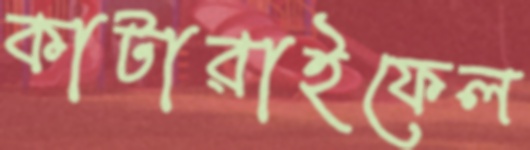
কাটারাইফেল